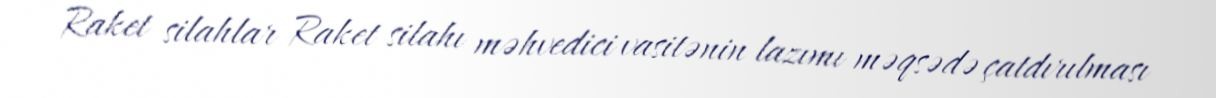
Raket silahlar Raket silahı məhvedici vasitənin lazımı məqsədə çatdırılması